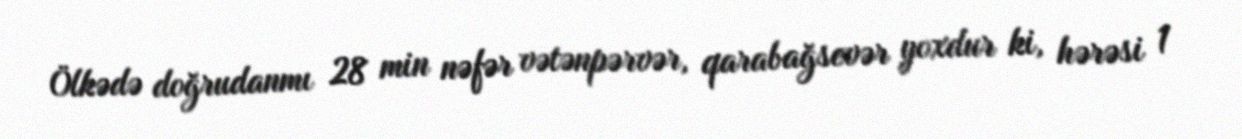
Ölkədə doğrudanmı 28 min nəfər vətənpərvər, qarabağsevər yoxdur ki, hərəsi 1